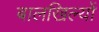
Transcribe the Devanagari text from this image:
बालखिल्यों